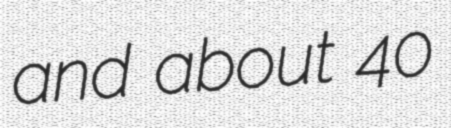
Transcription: and about 40